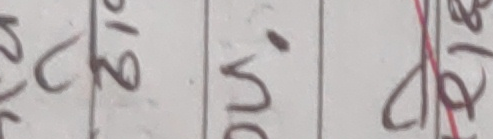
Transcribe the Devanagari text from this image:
१९ उनि २८ ८